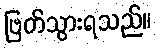
ဖြတ်သွားရသည်။